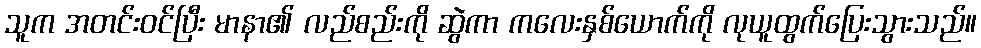
သူက အတင်းဝင်ပြီး မာနာ၏ လည်စည်းကို ဆွဲကာ ကလေးနှစ်ယောက်ကို လုယူထွက်ပြေးသွားသည်။